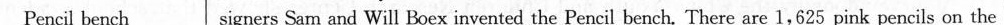
Pencil bench signers Sam and Will Boex invented the Pencil bench. There are 1,625 pink pencils on the